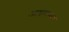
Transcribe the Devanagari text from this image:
आश्रमाच्याच